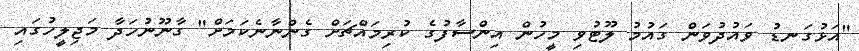
"އަޅުގަނޑު ވައުދުވަން ގައުމު ލޫޓުވި މީހުން އިންސާފުގެ ކުރިމައްޗަށް ގެންނާނެކަމަށް" ގާނޫނުހަދާ މަޖިލީހުގައި